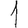
Digit: 1